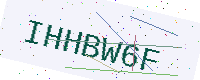
Text: IHHBW6F